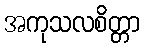
အကုသလစိတ္တာ